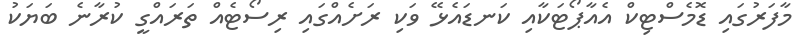
މާފަރުގައި ޑޮމެސްޓިކް އެއާޕޯޓަކާއި ކަނޑައެޅޭ ވަކި ރަށެއްގައި ރިސޯޓެއް ތަރައްގީ ކުރާނެ ބަޔަކު